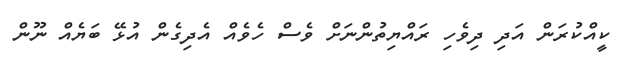
ކީއްކުރަން އަދި ދިވެހި ރައްޔިތުންނަށް ވެސް ހެވެއް އެދިގެން އުޅޭ ބަޔެއް ނޫން